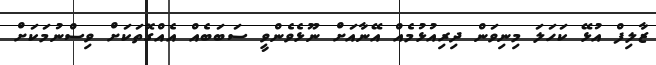
ޒާލިފް އުޅޭ ކަހަލަ މިނިވަން ދިރިއުޅުމެއް އޭނާއަށް ނޫޅެވެންވީ ސަބަބެއް އެއްގޮތަކަށް ވިސްނުމަކަށް